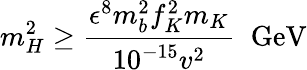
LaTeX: m_{H}^{2}\geq\frac{\epsilon^{8}m_{b}^{2}f_{K}^{2}m_{K}}{10^{-15}v^{2}}\; \; \mathrm{GeV}